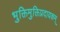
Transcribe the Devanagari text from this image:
भुक्तिमुक्तिप्रदायकम्